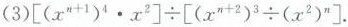
(3)$$\left [ \left ( x ^ { n + 1 } \right ) ^ { 4 } \cdot x ^ { 2 } \right ] \div \left [ \left ( x ^ { n + 2 } \right ) ^ { 3 } \div \left ( x ^ { 2 } \right ) ^ { n } \right ]$$.